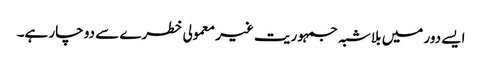
ایسے دور میں بلا شبہ جمہوریت غیر معمولی خطرے سے دو چار ہے۔